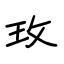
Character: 玫